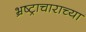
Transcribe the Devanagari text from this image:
भ्रष्ट्राचाराच्या